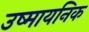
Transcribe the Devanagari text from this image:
उष्मायनिक